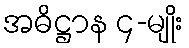
အဓိဋ္ဌာန ၄-မျိုး